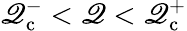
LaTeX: \mathscr{Q}_{\mathrm{{c}}}^{-}<\mathscr{Q}<\mathscr{Q}_{\mathrm{{c}}}^{+}